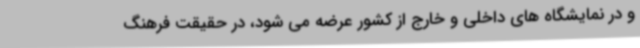
و در نمایشگاه های داخلی و خارج از کشور عرضه می شود،‌ در حقیقت فرهنگ